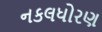
નકલધોરણ